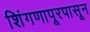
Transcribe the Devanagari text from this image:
शिंगणापूरपासून